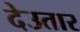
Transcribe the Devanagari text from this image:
देउतार